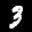
Label: 3